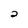
Character: 2